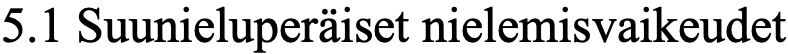
5.1 Suunieluperäiset nielemisvaikeudet